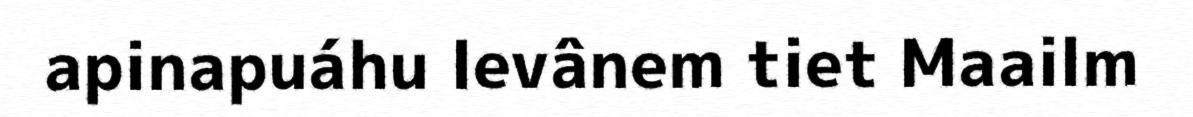
apinapuáhu levânem tiet Maailm